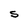
Character: S